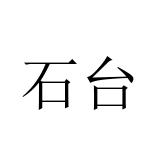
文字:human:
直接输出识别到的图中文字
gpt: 石台